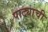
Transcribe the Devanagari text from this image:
पाट्याची